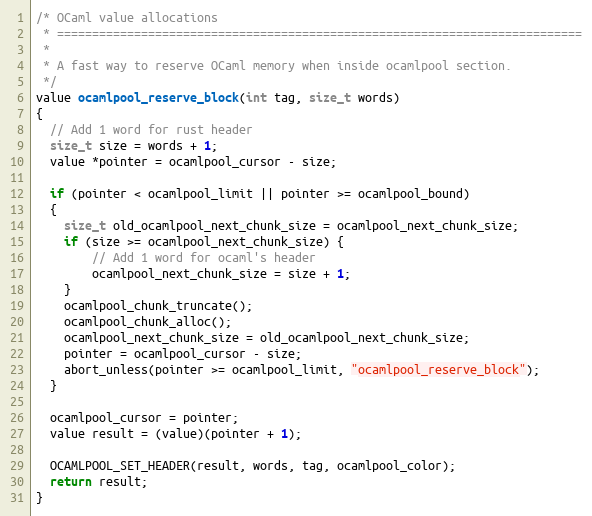
Language: C
/* OCaml value allocations
 * ===========================================================================
 *
 * A fast way to reserve OCaml memory when inside ocamlpool section.
 */
value ocamlpool_reserve_block(int tag, size_t words)
{
  // Add 1 word for rust header
  size_t size = words + 1;
  value *pointer = ocamlpool_cursor - size;

  if (pointer < ocamlpool_limit || pointer >= ocamlpool_bound)
  {
    size_t old_ocamlpool_next_chunk_size = ocamlpool_next_chunk_size;
    if (size >= ocamlpool_next_chunk_size) {
        // Add 1 word for ocaml's header
        ocamlpool_next_chunk_size = size + 1;
    }
    ocamlpool_chunk_truncate();
    ocamlpool_chunk_alloc();
    ocamlpool_next_chunk_size = old_ocamlpool_next_chunk_size;
    pointer = ocamlpool_cursor - size;
    abort_unless(pointer >= ocamlpool_limit, "ocamlpool_reserve_block");
  }

  ocamlpool_cursor = pointer;
  value result = (value)(pointer + 1);

  OCAMLPOOL_SET_HEADER(result, words, tag, ocamlpool_color);
  return result;
}